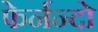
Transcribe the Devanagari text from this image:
फेर्नन्दो